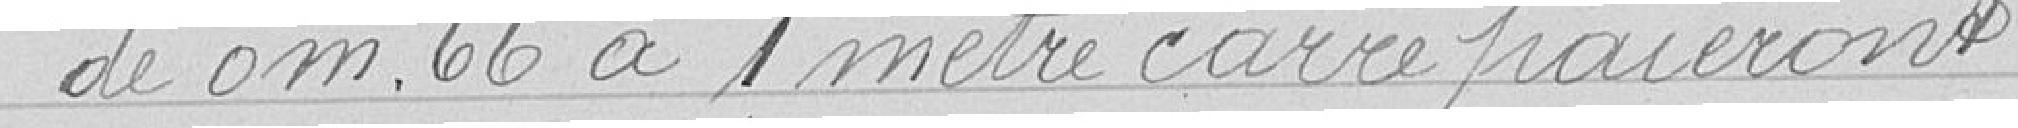
de 0 mètre 66 à 1 mètre carré paieront